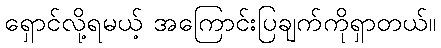
ရှောင်လို့ရမယ့် အကြောင်းပြချက်ကိုရှာတယ်။